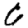
Digit: 6